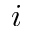
i